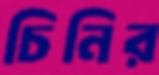
চিনির